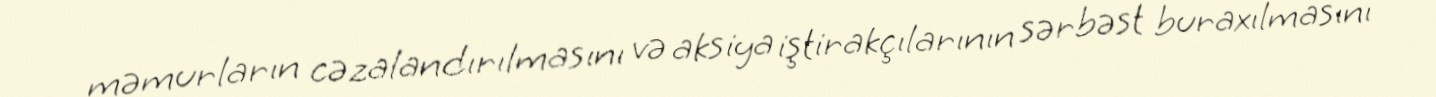
məmurların cəzalandırılmasını və aksiya iştirakçılarının sərbəst buraxılmasını